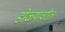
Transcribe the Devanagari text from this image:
डोळ्यावरील